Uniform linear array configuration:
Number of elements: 24
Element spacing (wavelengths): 0.75
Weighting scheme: hamming
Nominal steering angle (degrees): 60
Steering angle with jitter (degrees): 60.705
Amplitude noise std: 0.05
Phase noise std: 0.05

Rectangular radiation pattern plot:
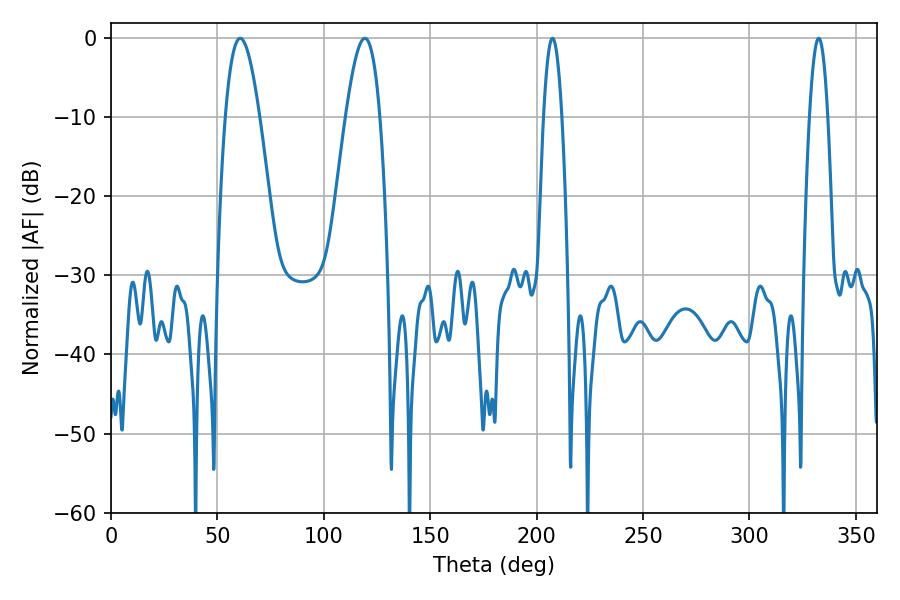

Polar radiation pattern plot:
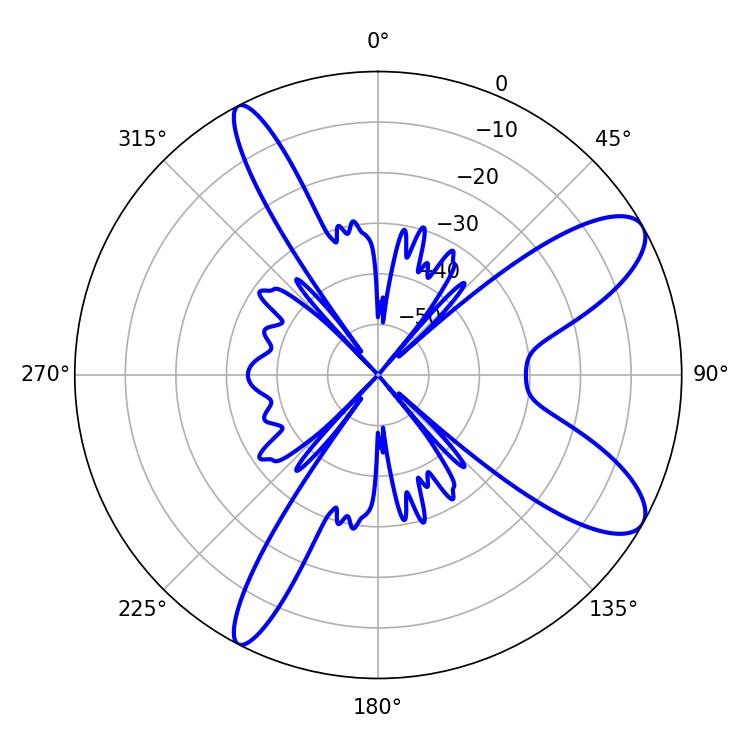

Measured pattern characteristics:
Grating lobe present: TRUE
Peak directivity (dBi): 9.818
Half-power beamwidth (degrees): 8.64
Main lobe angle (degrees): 60.66